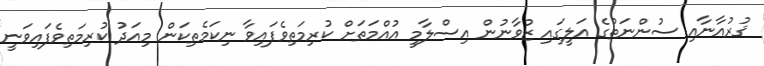
ޤުރުއާނާއި ސުންނަތުގެ އަލީގައި ޒުވާނުން އިސްލާމީ އުއްމަތަށް ކުރިމަތިވެފައިވާ ނިކަމެތިކަން މިއަދު ކުރިމަތިވެފައިވަނީ